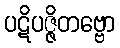
ပဋိပဇ္ဇိတဗ္ဗော